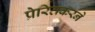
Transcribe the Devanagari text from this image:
प्रेरितकरने